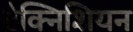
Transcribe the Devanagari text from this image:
टेक्निशियन